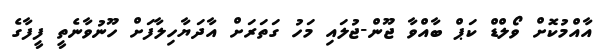
އާއްމުކޮށް ވޯލްޑް ކަޕް ބާއްވާ ޖޫން-ޖުލައި މަހު ގަތަރަށް އާދަޔާހިލާފަށް ހޫނުވާނެތީ ފީފާގެ